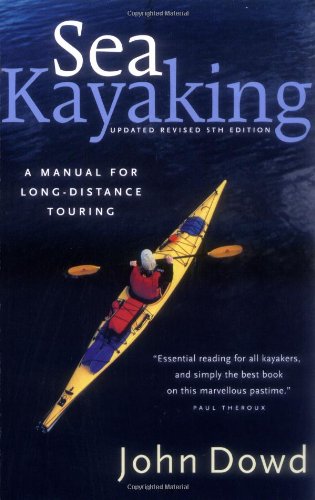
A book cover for Sea Kayaking: A Manual for Long-Distance Touring; John Dowd; Sports & Outdoors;